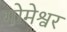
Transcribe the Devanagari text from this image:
गोमेश्वर